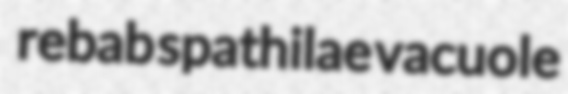
rebab spathilae vacuole